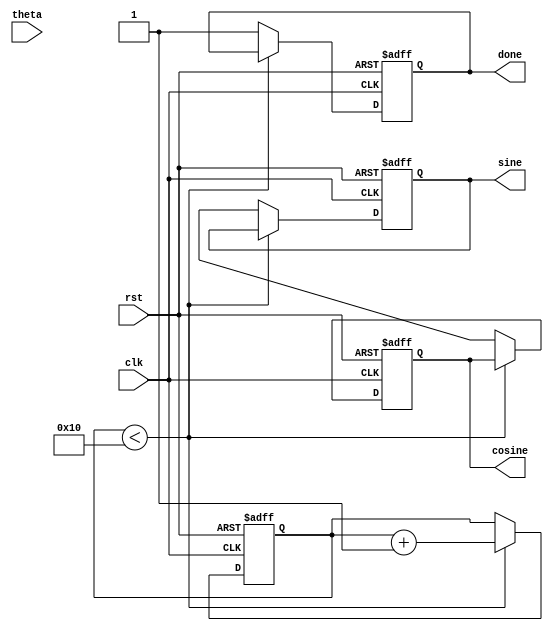
module cordic_rotational #(
    parameter WIDTH = 16,         // Width of fixed-point representation
    parameter ITERATIONS = 16     // Number of iterations for precision
)(
    input wire clk,               // Clock signal
    input wire rst,               // Reset signal
    input wire [WIDTH-1:0] theta, // Angle input in fixed-point representation
    output reg [WIDTH-1:0] sine,  // Sine output
    output reg [WIDTH-1:0] cosine, // Cosine output
    output reg done               // Completion flag
);

    // Internal registers
    reg [WIDTH-1:0] x [0:ITERATIONS-1]; // X values
    reg [WIDTH-1:0] y [0:ITERATIONS-1]; // Y values
    reg [WIDTH-1:0] z [0:ITERATIONS-1]; // Angle values
    reg [4:0] i;                        // Iteration counter
    reg [1:0] d;                        // Direction control

    // Precomputed arctangent values (in fixed-point)
    reg [WIDTH-1:0] atan_table [0:ITERATIONS-1];

    initial begin
        // Initialize arctangent values for CORDIC
        atan_table[0] = 16'h2000; // atan(2^-0) = 0.5
        atan_table[1] = 16'h1666; // atan(2^-1) = 0.3333
        atan_table[2] = 16'h0D89; // atan(2^-2) = 0.25
        atan_table[3] = 16'h0A3D; // atan(2^-3) = 0.125
        atan_table[4] = 16'h0524; // atan(2^-4) = 0.0625
        // Continue filling the atan_table for more iterations...
    end

    // State machine for CORDIC operation
    always @(posedge clk or posedge rst) begin
        if (rst) begin
            // Reset all registers
            sine <= 0;
            cosine <= 0;
            done <= 0;
            i <= 0;
            x[0] <= 16'h4000; // Initial X = 1.0
            y[0] <= 0;       // Initial Y = 0.0
            z[0] <= theta;   // Load input angle
        end else if (i < ITERATIONS) begin
            // Determine direction
            if (z[i] < 0) begin
                d <= 1; // Counterclockwise
                z[i+1] <= z[i] + atan_table[i];
            end else begin
                d <= 0; // Clockwise
                z[i+1] <= z[i] - atan_table[i];
            end

            // Perform CORDIC rotation
            if (d == 1) begin
                x[i+1] <= x[i] + (y[i] >> i);
                y[i+1] <= y[i] - (x[i] >> i);
            end else begin
                x[i+1] <= x[i] - (y[i] >> i);
                y[i+1] <= y[i] + (x[i] >> i);
            end

            // Increment iteration counter
            i <= i + 1;
        end else begin
            // Final output after iterations
            sine <= y[ITERATIONS];
            cosine <= x[ITERATIONS];
            done <= 1; // Indicate completion
        end
    end

endmodule